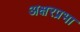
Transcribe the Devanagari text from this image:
अक्षरप्रभा